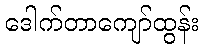
ဒေါက်တာကျော်ထွန်း